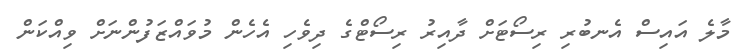
މާލެ އައިސް އެނބުރި ރިސޯޓަށް ދާއިރު ރިސޯޓްގެ ދިވެހި އެހެން މުވައްޒަފުންނަށް ވިއްކަން